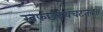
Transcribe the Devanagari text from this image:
खफछठथचटतव्॥